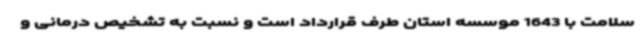
سلامت با 1643 موسسه استان طرف قرارداد است و نسبت به تشخیص درمانی و